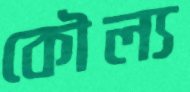
কৌল্য